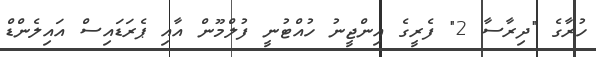
ހުރާގެ "ދިރާސާ 2" ފެރީގެ އިންޖީނު ހުއްޓުނީ ފުލްމޫން އާއި ޕެރަޑައިސް އައިލެންޑް